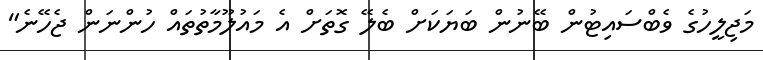
މަޖިލީހުގެ ވެބްސައިޓުން ބޭނުން ބަޔަކަށް ބެލޭ ގޮތަށް އެ މައުލޫމާތުތައް ހުންނަން ޖެހޭނެ"